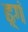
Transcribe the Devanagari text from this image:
ढ़्गं